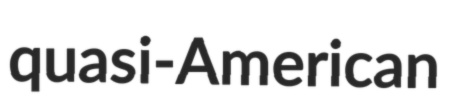
quasi-American